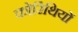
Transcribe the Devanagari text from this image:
कोरिंथियों